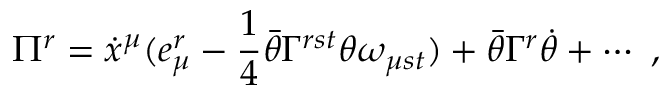
\Pi ^ { r } = \dot { x } ^ { \mu } ( e _ { \mu } ^ { r } - \frac { 1 } { 4 } \bar { \theta } \Gamma ^ { r s t } \theta \omega _ { \mu s t } ) + \bar { \theta } \Gamma ^ { r } \dot { \theta } + \cdots ~ ,